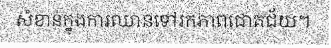
សំខាន់ក្នុងការឈានទៅរកភាពជោគជ័យ។